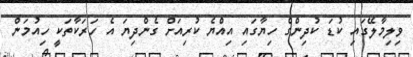
ވިލިމާލޭގައި ކުޑަ ކުދިންގެ ހިޔާގައި އިއްޔެ ކުރިއަށް ގެންދިޔަ އެ ހަރަކާތަކީ ހިއުމަން